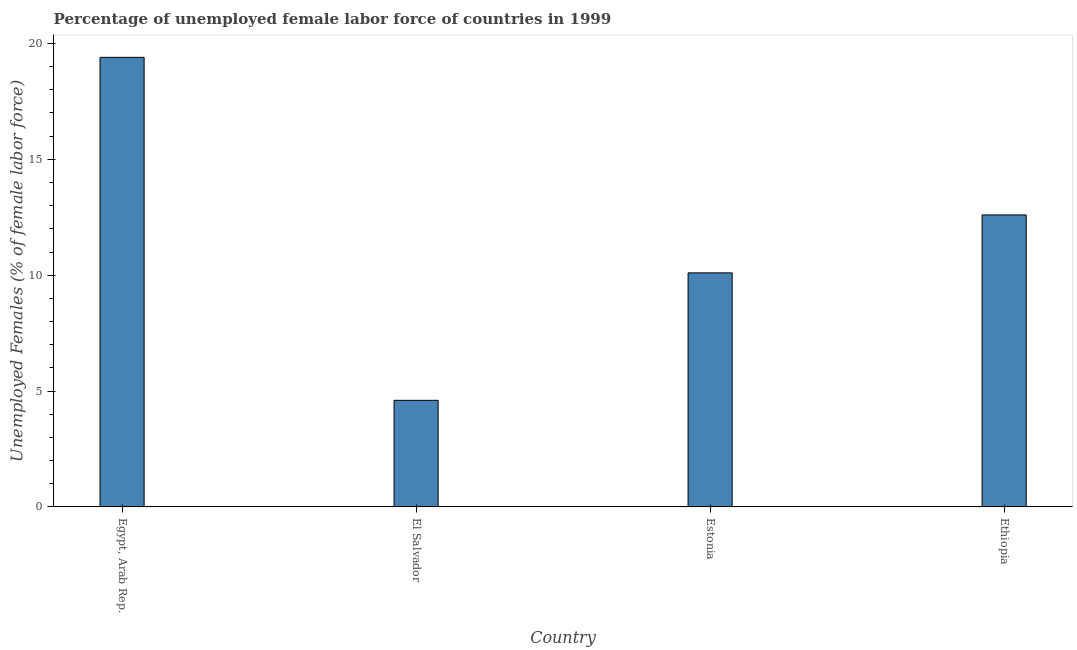
| Country | Unemployment female |
 | --- | --- |
 | Egypt, Arab Rep. | 19.4 |
 | El Salvador | 4.6 |
 | Estonia | 10.1 |
 | Ethiopia | 12.6 |